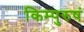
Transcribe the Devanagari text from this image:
किम्पुरुषं